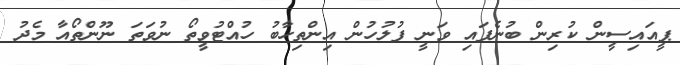
ޕީއައިސީން ކުރިން ބުނެފައި ވަނީ ފުލުހުން އިންތިހާބު ހުއްޓުވީތޯ ނުވަތަ ނޫންތޯއާ މެދު